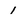
Character: 1